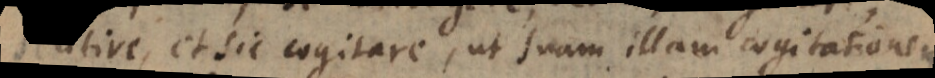
sentire, et sic cogitare, ut suam illam cogitationem